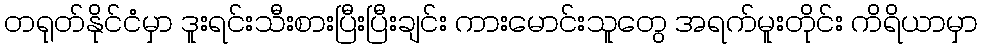
တရုတ်နိုင်ငံမှာ ဒူးရင်းသီးစားပြီးပြီးချင်း ကားမောင်းသူတွေ အရက်မူးတိုင်း ကိရိယာမှာ